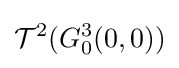
{\mathcal {T}}^{2}(G_{0}^{3}(0,0))